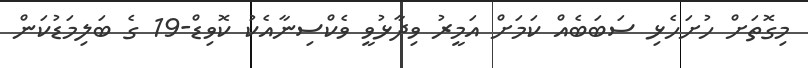
މިގޮތަށް ހުށަހެޅި ސަބަބެއް ކަމަށް އަމީރު ވިދާޅުވީ ވެކްސިނާއެކު ކޮވިޑް-19 ގެ ބަލިމަޑުކަން